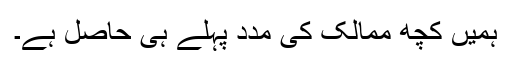
ہمیں کچھ ممالک کی مدد پہلے ہی حاصل ہے۔